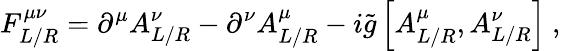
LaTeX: F_{L/R}^{\mu\nu}=\partial^{\mu}A_{{L/R}}^{\nu}-\partial^{\nu}A_{{L/R}}^{\mu}-i\tilde{g}\left[A_{{L/R}}^{\mu},A_{{L/R}}^{\nu}\right]\ ,